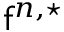
\mathsf { f } ^ { n , \star }